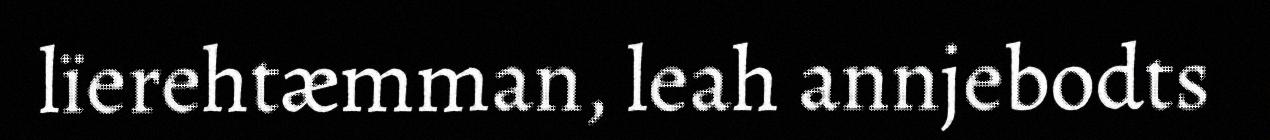
lïerehtæmman, leah annjebodts